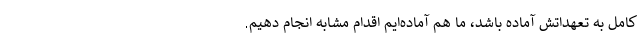
کامل به تعهداتش آماده باشد، ما هم آماده‌ایم اقدام مشابه انجام دهیم.